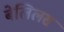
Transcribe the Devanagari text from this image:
बेलिलस